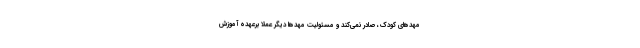
مهدهای کودک، صادر نمی‌کند و مسئولیت مهد‌ها دیگر عملا برعهده آموزش